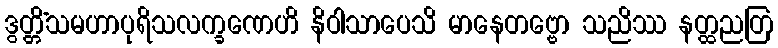
ဒွတ္တိံသမဟာပုရိသလက္ခဏေဟိ နိဝါသာပေသိ မာနေတဗ္ဗော သညိဿ နတ္ထညတြ